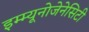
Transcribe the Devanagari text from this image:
इम्म्यूनोजेनेसिटी